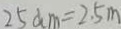
2 5 d m = 2 . 5 m